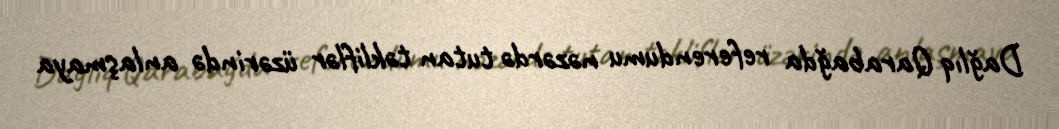
Dağlıq Qarabağda referendumu nəzərdə tutan təkliflər üzərində anlaşmaya